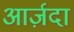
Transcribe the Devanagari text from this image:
आर्ज़दा